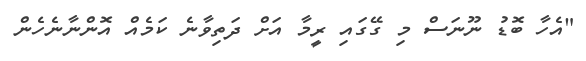
"އެހާ ބޮޑު ނޫނަސް މި ގޭގައި ރީމާ އަށް ދަތިވާނެ ކަމެއް އޮންނާނެހެން